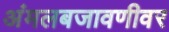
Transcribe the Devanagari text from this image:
अंमलबजावणीवर